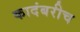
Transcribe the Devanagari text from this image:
कादंबरीच